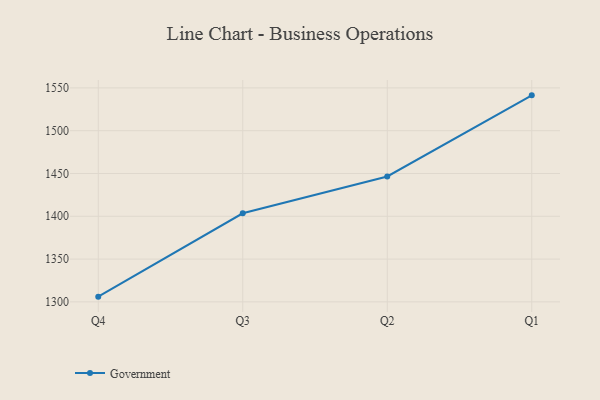
{"axis": {"x": "Quarter", "y": "Gross Profit (USD K)"}, "legend": ["Government"], "data": [{"x": "Q4", "y": 1306.1, "type": "Government"}, {"x": "Q3", "y": 1403.5, "type": "Government"}, {"x": "Q2", "y": 1446.5, "type": "Government"}, {"x": "Q1", "y": 1541.3, "type": "Government"}]}